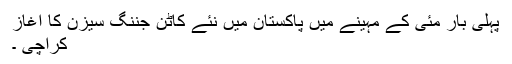
پہلی بار مئی کے مہینے میں پاکستان میں نئے کاٹن جننگ سیزن کا آغاز
کراچی ۔